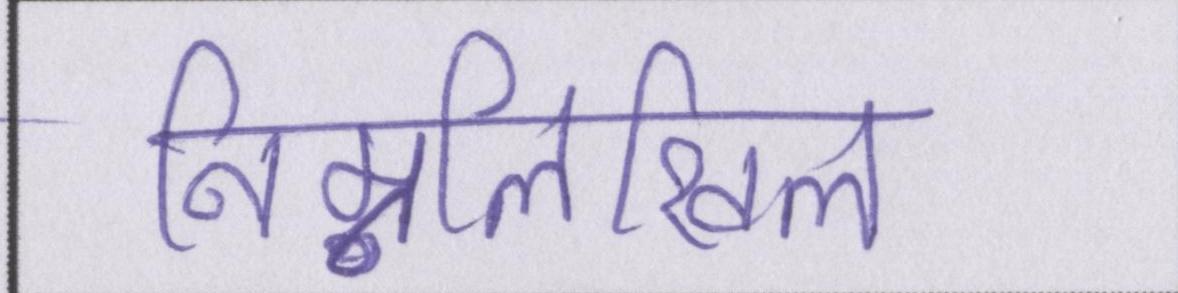
निम्नलिखिल